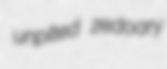
unpited zedoary